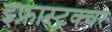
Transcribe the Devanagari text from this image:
इफ्रास्ट्रक्चर